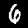
Label: 6